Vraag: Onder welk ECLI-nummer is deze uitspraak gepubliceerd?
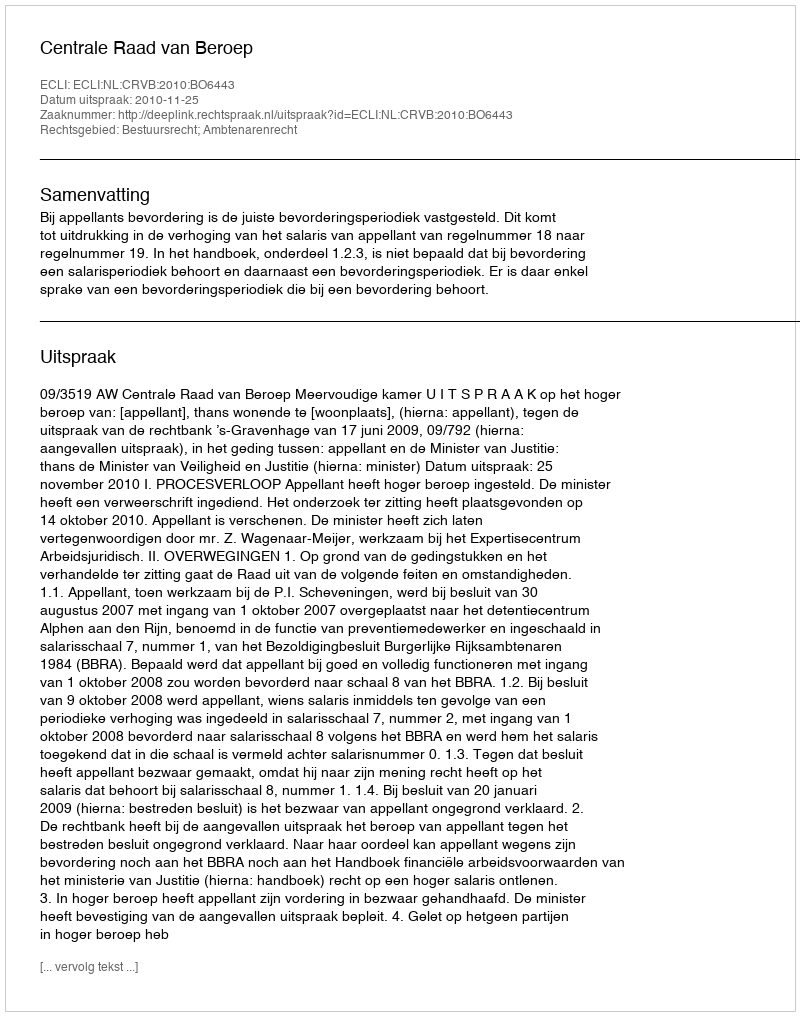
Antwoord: ECLI:NL:CRVB:2010:BO6443